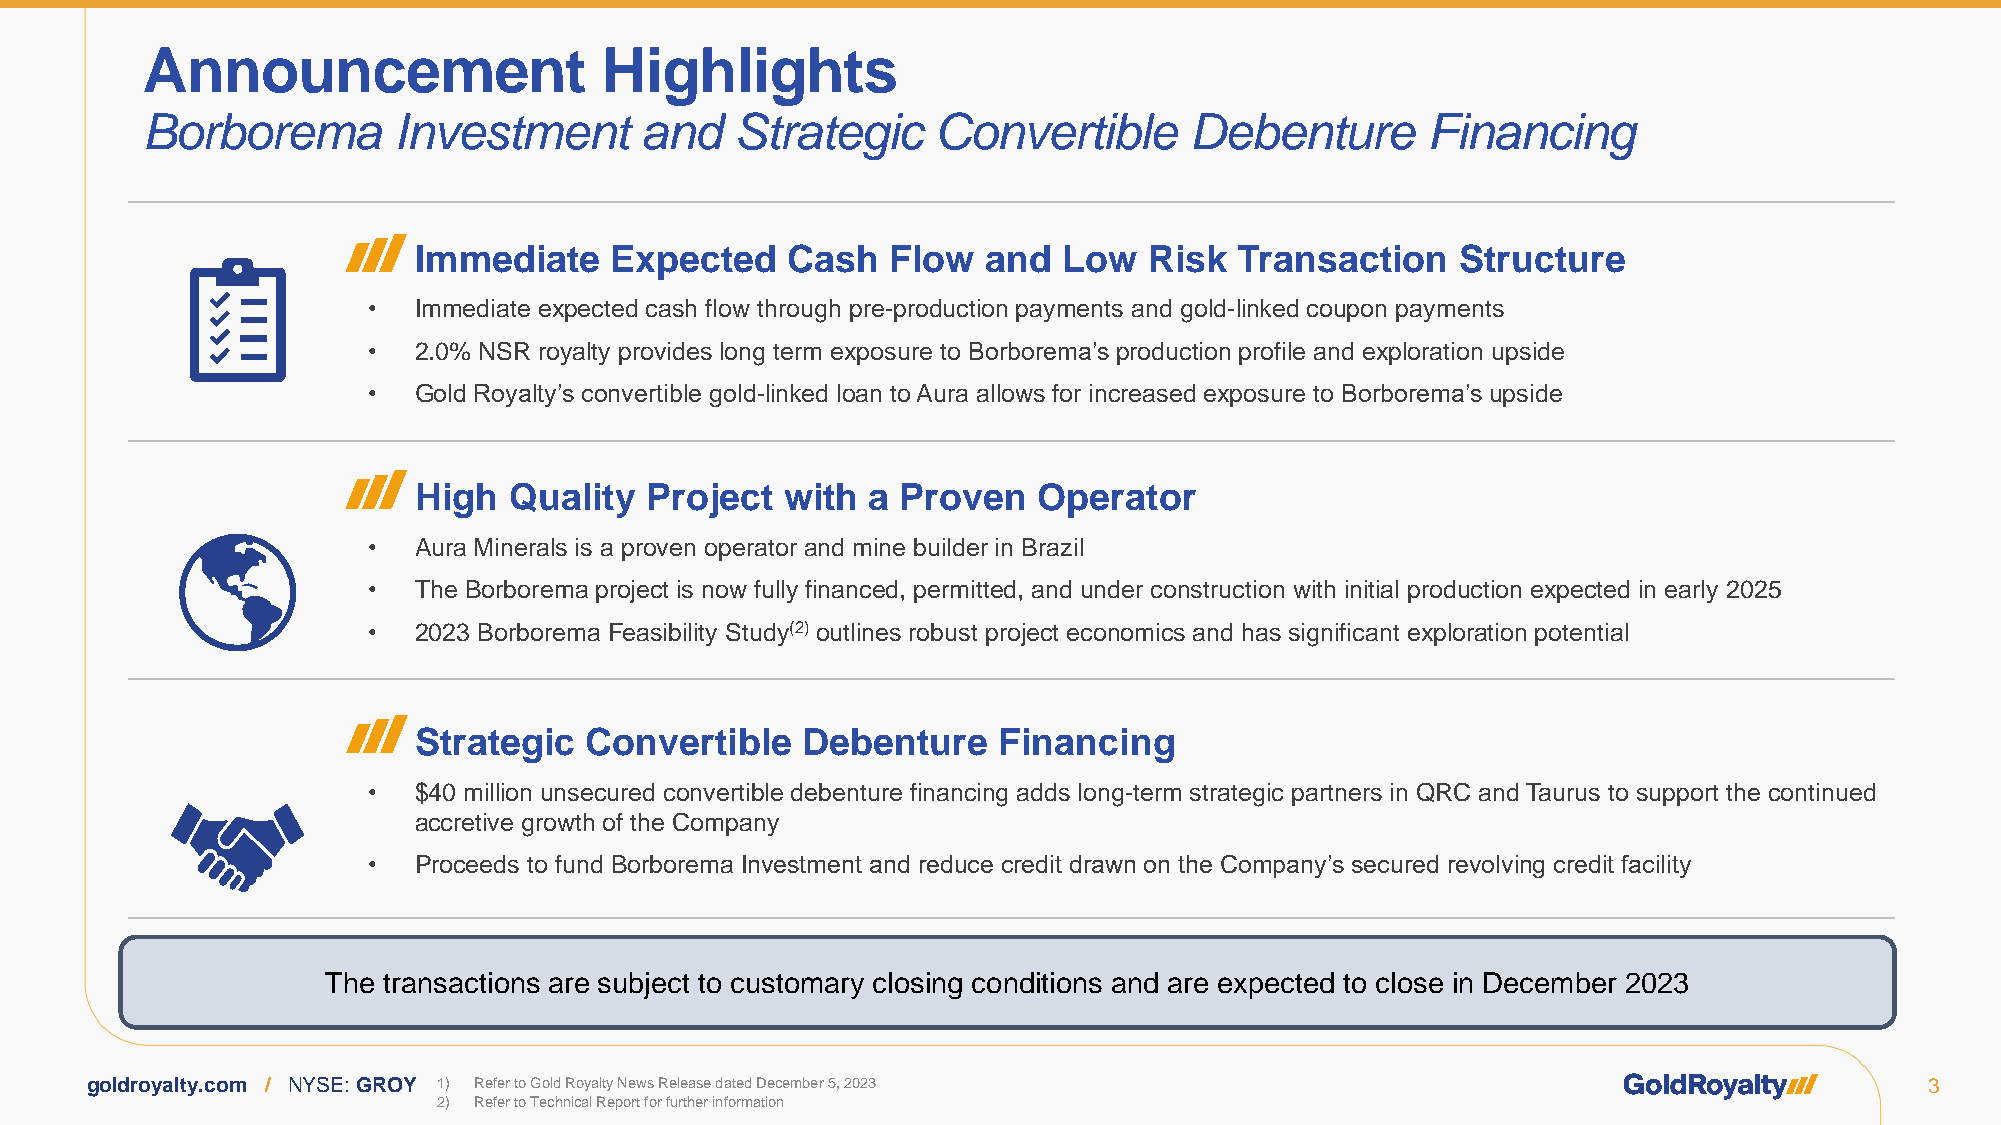
Announcement                   Highlights
 Borborema        Investment      and    Strategic    Convertible      Debenture      Financing
 •  Immediate    Expected    Cash   Flow  and  Low   Risk  Transaction    Structure
 •  Immediate expected cash flow through pre-production payments and gold-linked coupon payments
 •  2.0% NSR royalty provides long term exposure to Borborema’s production profile and exploration upside
 •  Gold Royalty’s convertible gold-linked loan to Aura allows for increased exposure to Borborema’s upside
 •  High   Quality  Project  with  a Proven   Operator
 •  Aura Minerals is a proven operator and mine builder in Brazil
 •  The Borborema project is now fully financed, permitted, and under construction with initial production expected in early 2025
 •  2023 Borborema Feasibility Study(2) outlines robust project economics and has significant exploration potential
 •  Strategic   Convertible   Debenture    Financing
 •  $40 million unsecured convertible debenture financing adds long-term strategic partners in QRC and Taurus to support the continued
 accretive growth of the Company
 •  Proceeds to fund Borborema Investment and reduce credit drawn on the Company’s secured revolving credit facility
 The transactions are subject to customary closing conditions and are expected to close in December 2023
 goldroyalty.com / NYSE: GROY 1) Refer to Gold Royalty News Release dated December 5, 2023                                 3
 2) Refer to Technical Report for further information